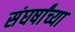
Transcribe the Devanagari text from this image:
संघर्षांच्या